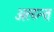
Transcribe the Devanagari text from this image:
अत्य्न्त